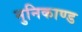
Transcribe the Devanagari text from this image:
मुनिकाण्ड